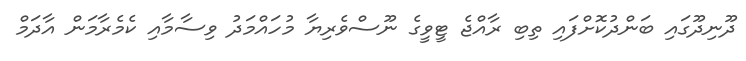
ދޫނިދޫގައި ބަންދުކޮށްފައި ތިބި ރާއްޖެ ޓީވީގެ ނޫސްވެރިޔާ މުހައްމަދު ވިސާމާއި ކެމެރާމަން އާދަމް